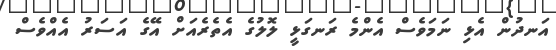
އަނދުން އެޅި ނަމަވެސް އެންމެ ރަނގަޅީ ލޮލުގެ އެތެރެއަށް އޭގެ އަސަރު އެއްވެސް